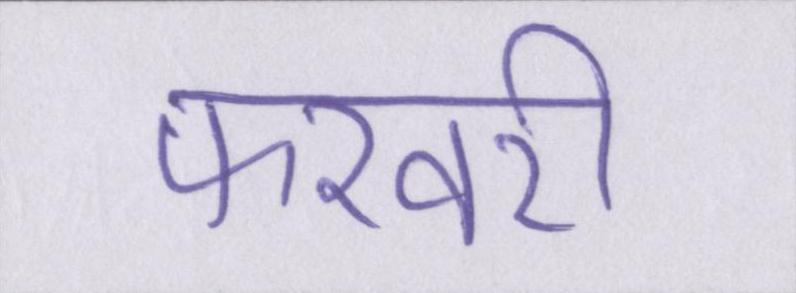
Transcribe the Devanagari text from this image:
फरवरी